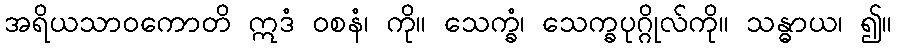
အရိယသာဝကောတိ ဣဒံ ဝစနံ၊ ကို။ သေက္ခံ၊ သေက္ခပုဂ္ဂိုလ်ကို။ သန္ဓာယ၊ ၍။